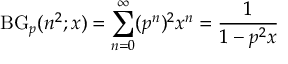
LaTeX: \operatorname { B G } _ { p } ( n ^ { 2 } ; x ) = \sum _ { n = 0 } ^ { \infty } ( p ^ { n } ) ^ { 2 } x ^ { n } = { \frac { 1 } { 1 - p ^ { 2 } x } }